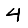
Digit: 4